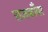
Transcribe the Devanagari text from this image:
राजकोँवर